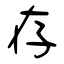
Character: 存